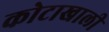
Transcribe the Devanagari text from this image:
कोटाखाली